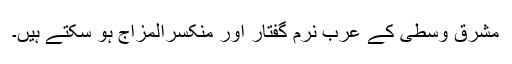
مشرق وسطیٰ کے عرب نرم گفتار اور منکسرالمزاج ہو سکتے ہیں۔